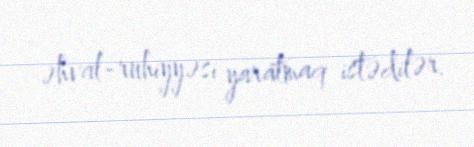
əhval-ruhiyyəsi yaratmaq istədilər.